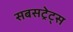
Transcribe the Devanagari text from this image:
सबसट्रेट्स